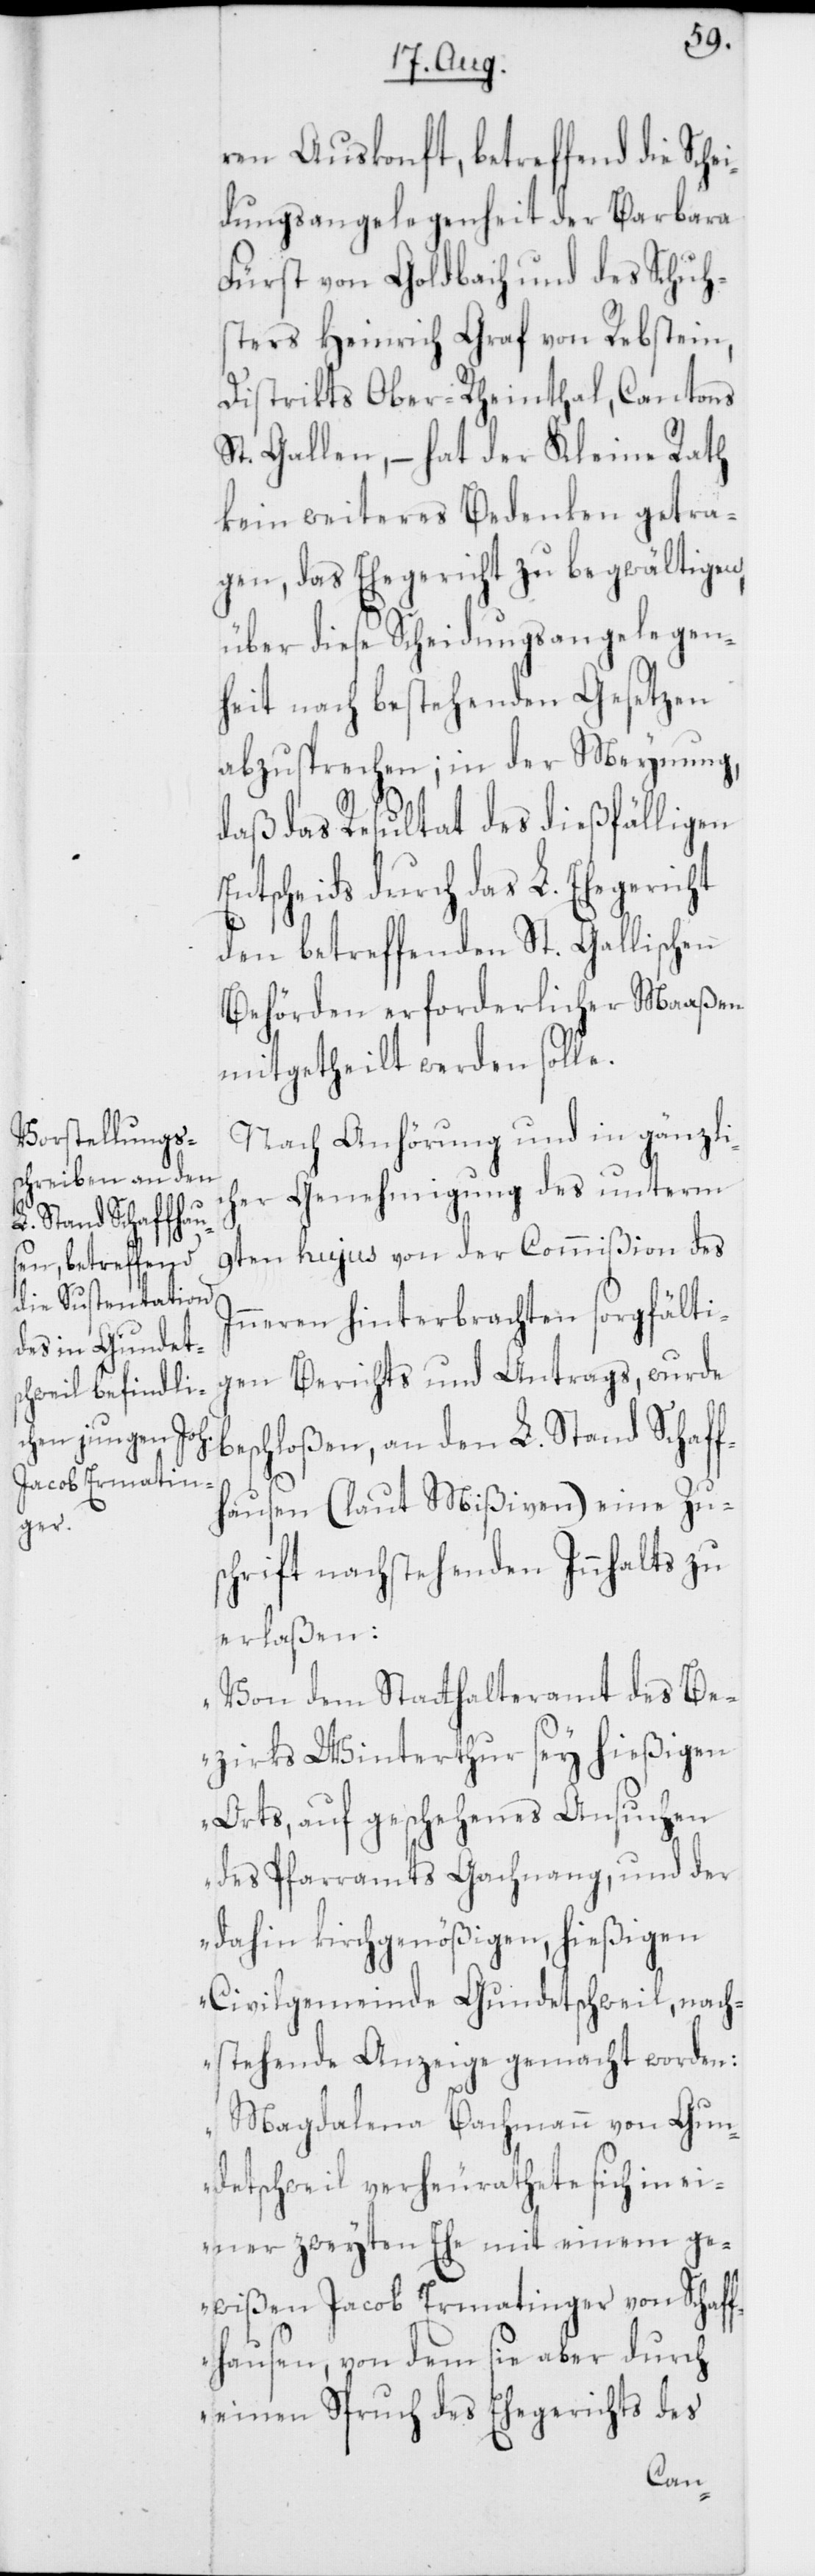
ren Auskonft, betreffend die Sche¬
idungsangelegenheit der Barbara
Fürst von Goldbach und des Schuh¬
sters Heinrich Graf von Rebstein,
Distrikts Ober-Rheinthal, Cantons
St. Gallen, – hat der Kleine Rath
kein weiteres Bedenken getra¬
gen, das Ehegericht zu begwältigen,
über diese Scheidungsangelegen¬
heit nach bestehenden Gesetzen
abzusprechen; in der Meynung,
daß das Resultat des dießfälligen
Entscheids durch das L. Ehegericht
den betreffenden St. Gallischen
Behörden erforderlicher Maaßen
mitgetheilt werden solle.
Nach Anhörung und in gänzli¬
cher Genehmigung des unterm
I¬
9ten hujus von der Commißion des
nneren hinterbrachten sorgfälti¬
gen Berichts und Antrags, wurde
hloßen, an den L. Stand Schaff¬
hausen (laut Mißiven) eine Zus¬
besc¬
chrift nachstehenden Innhalts zu
erlaßen:
„Von dem Statthalteramt des Be¬
zirks Winterthur sey hießigen
Orts, auf geschehenes Ansuchen
des Pfarramts Gachnang, und der
dahin kirchgenößigen, hießigen
Civilgemeinde Gundetschweil, nach¬
stehende Anzeige gemacht worden:
Magdalena Bachmann von Gun¬
detschweil verheurathete sich in ei¬
ner zweyten Ehe mit einem ge¬
wißen Jacob Ermatinger von Schaff¬
hausen, von dem sie aber durch
einen Spruch des Ehegerichts des